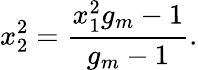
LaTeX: x_{2}^{2}=\frac{x_{1}^{2}g_{m}-1}{g_{m}-1}.